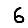
Digit: 6